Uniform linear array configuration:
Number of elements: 32
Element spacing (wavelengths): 0.5
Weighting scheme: cosine
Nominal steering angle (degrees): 0
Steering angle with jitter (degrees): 1.087
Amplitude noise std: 0.05
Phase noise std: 0.05

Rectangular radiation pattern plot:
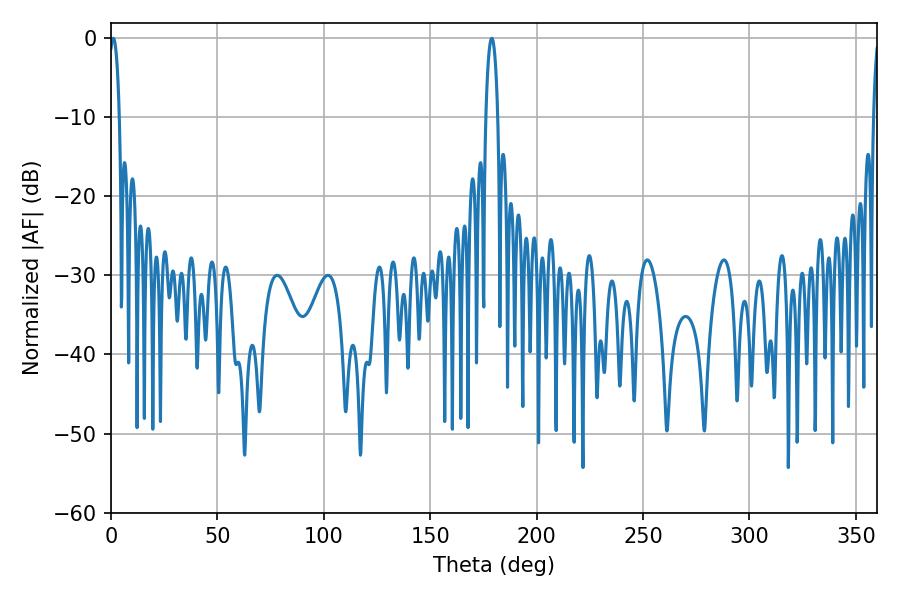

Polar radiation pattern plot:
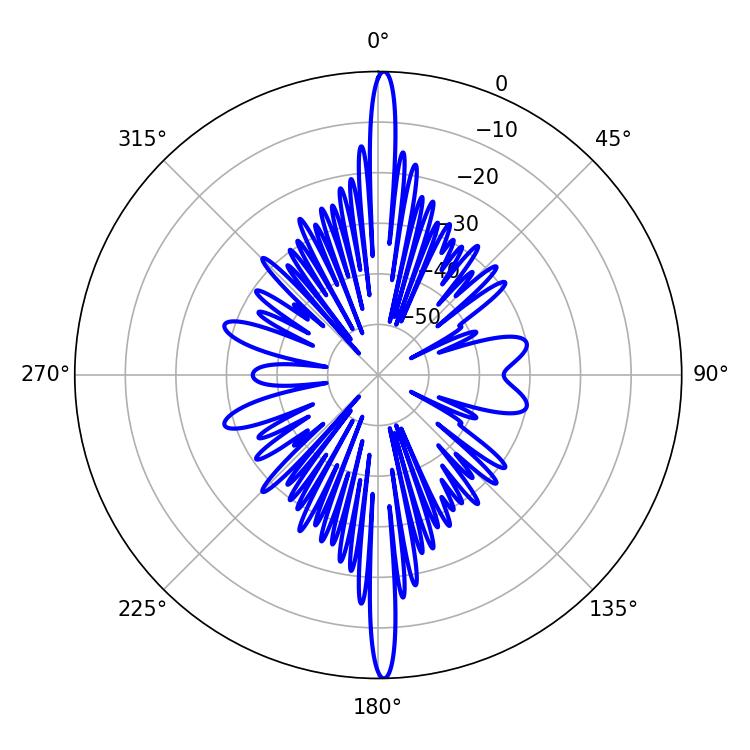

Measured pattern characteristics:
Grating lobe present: FALSE
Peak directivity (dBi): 29.238
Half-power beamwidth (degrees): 2.7
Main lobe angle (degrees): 1.08